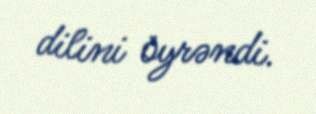
dilini öyrəndi.